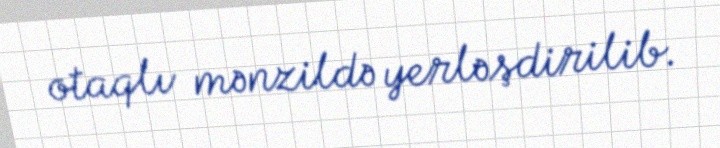
otaqlı mənzildə yerləşdirilib.